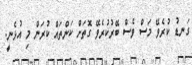
ގަނޑު ކުރެވޭ މަސް ވެސް ބޭރުކުރެވޭ ގޮތަށް ކަންތައް ކުރަން މި އުޅެނީ.